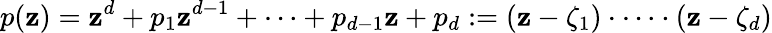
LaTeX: p(\mathbf{z})=\mathbf{z}^{d}+p_{1}\mathbf{z}^{d-1}+\cdots+p_{d-1}\mathbf{z}+p_{d}:=(\mathbf{z}-\zeta_{1})\cdot\cdots\cdot(\mathbf{z}-\zeta_{d})